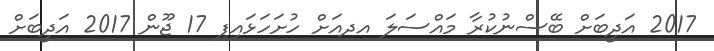
2017 އަދީބަށް ބޭސްނުކުރާ މައްސަލަ އދއަށް ހުށަހަޅައިފި 17 ޖޫން 2017 އަދީބަށް